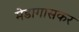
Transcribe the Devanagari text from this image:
मेडागासकर